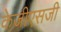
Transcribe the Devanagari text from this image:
केजीएसजी